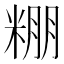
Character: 𮇧